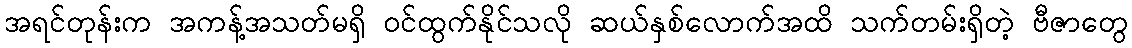
အရင်တုန်းက အကန့်အသတ်မရှိ ဝင်ထွက်နိုင်သလို ဆယ်နှစ်လောက်အထိ သက်တမ်းရှိတဲ့ ဗီဇာတွေ